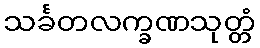
သင်္ခတလက္ခဏသုတ္တံ